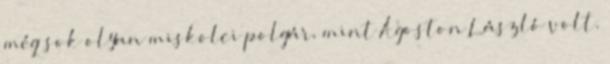
még sok olyan miskolci polgár, mint Ágoston László volt.